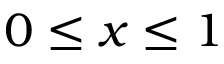
0 \leq x \leq 1